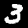
Digit: 3